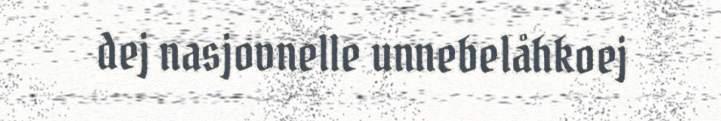
dej nasjovnelle unnebelåhkoej